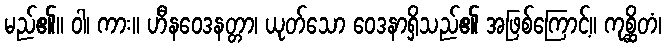
မည်၏။ ဝါ၊ ကား။ ဟီနဝေဒနတ္တာ၊ ယုတ်သော ဝေဒနာရှိသည်၏ အဖြစ်ကြောင့်။ ကုစ္ဆိတံ၊